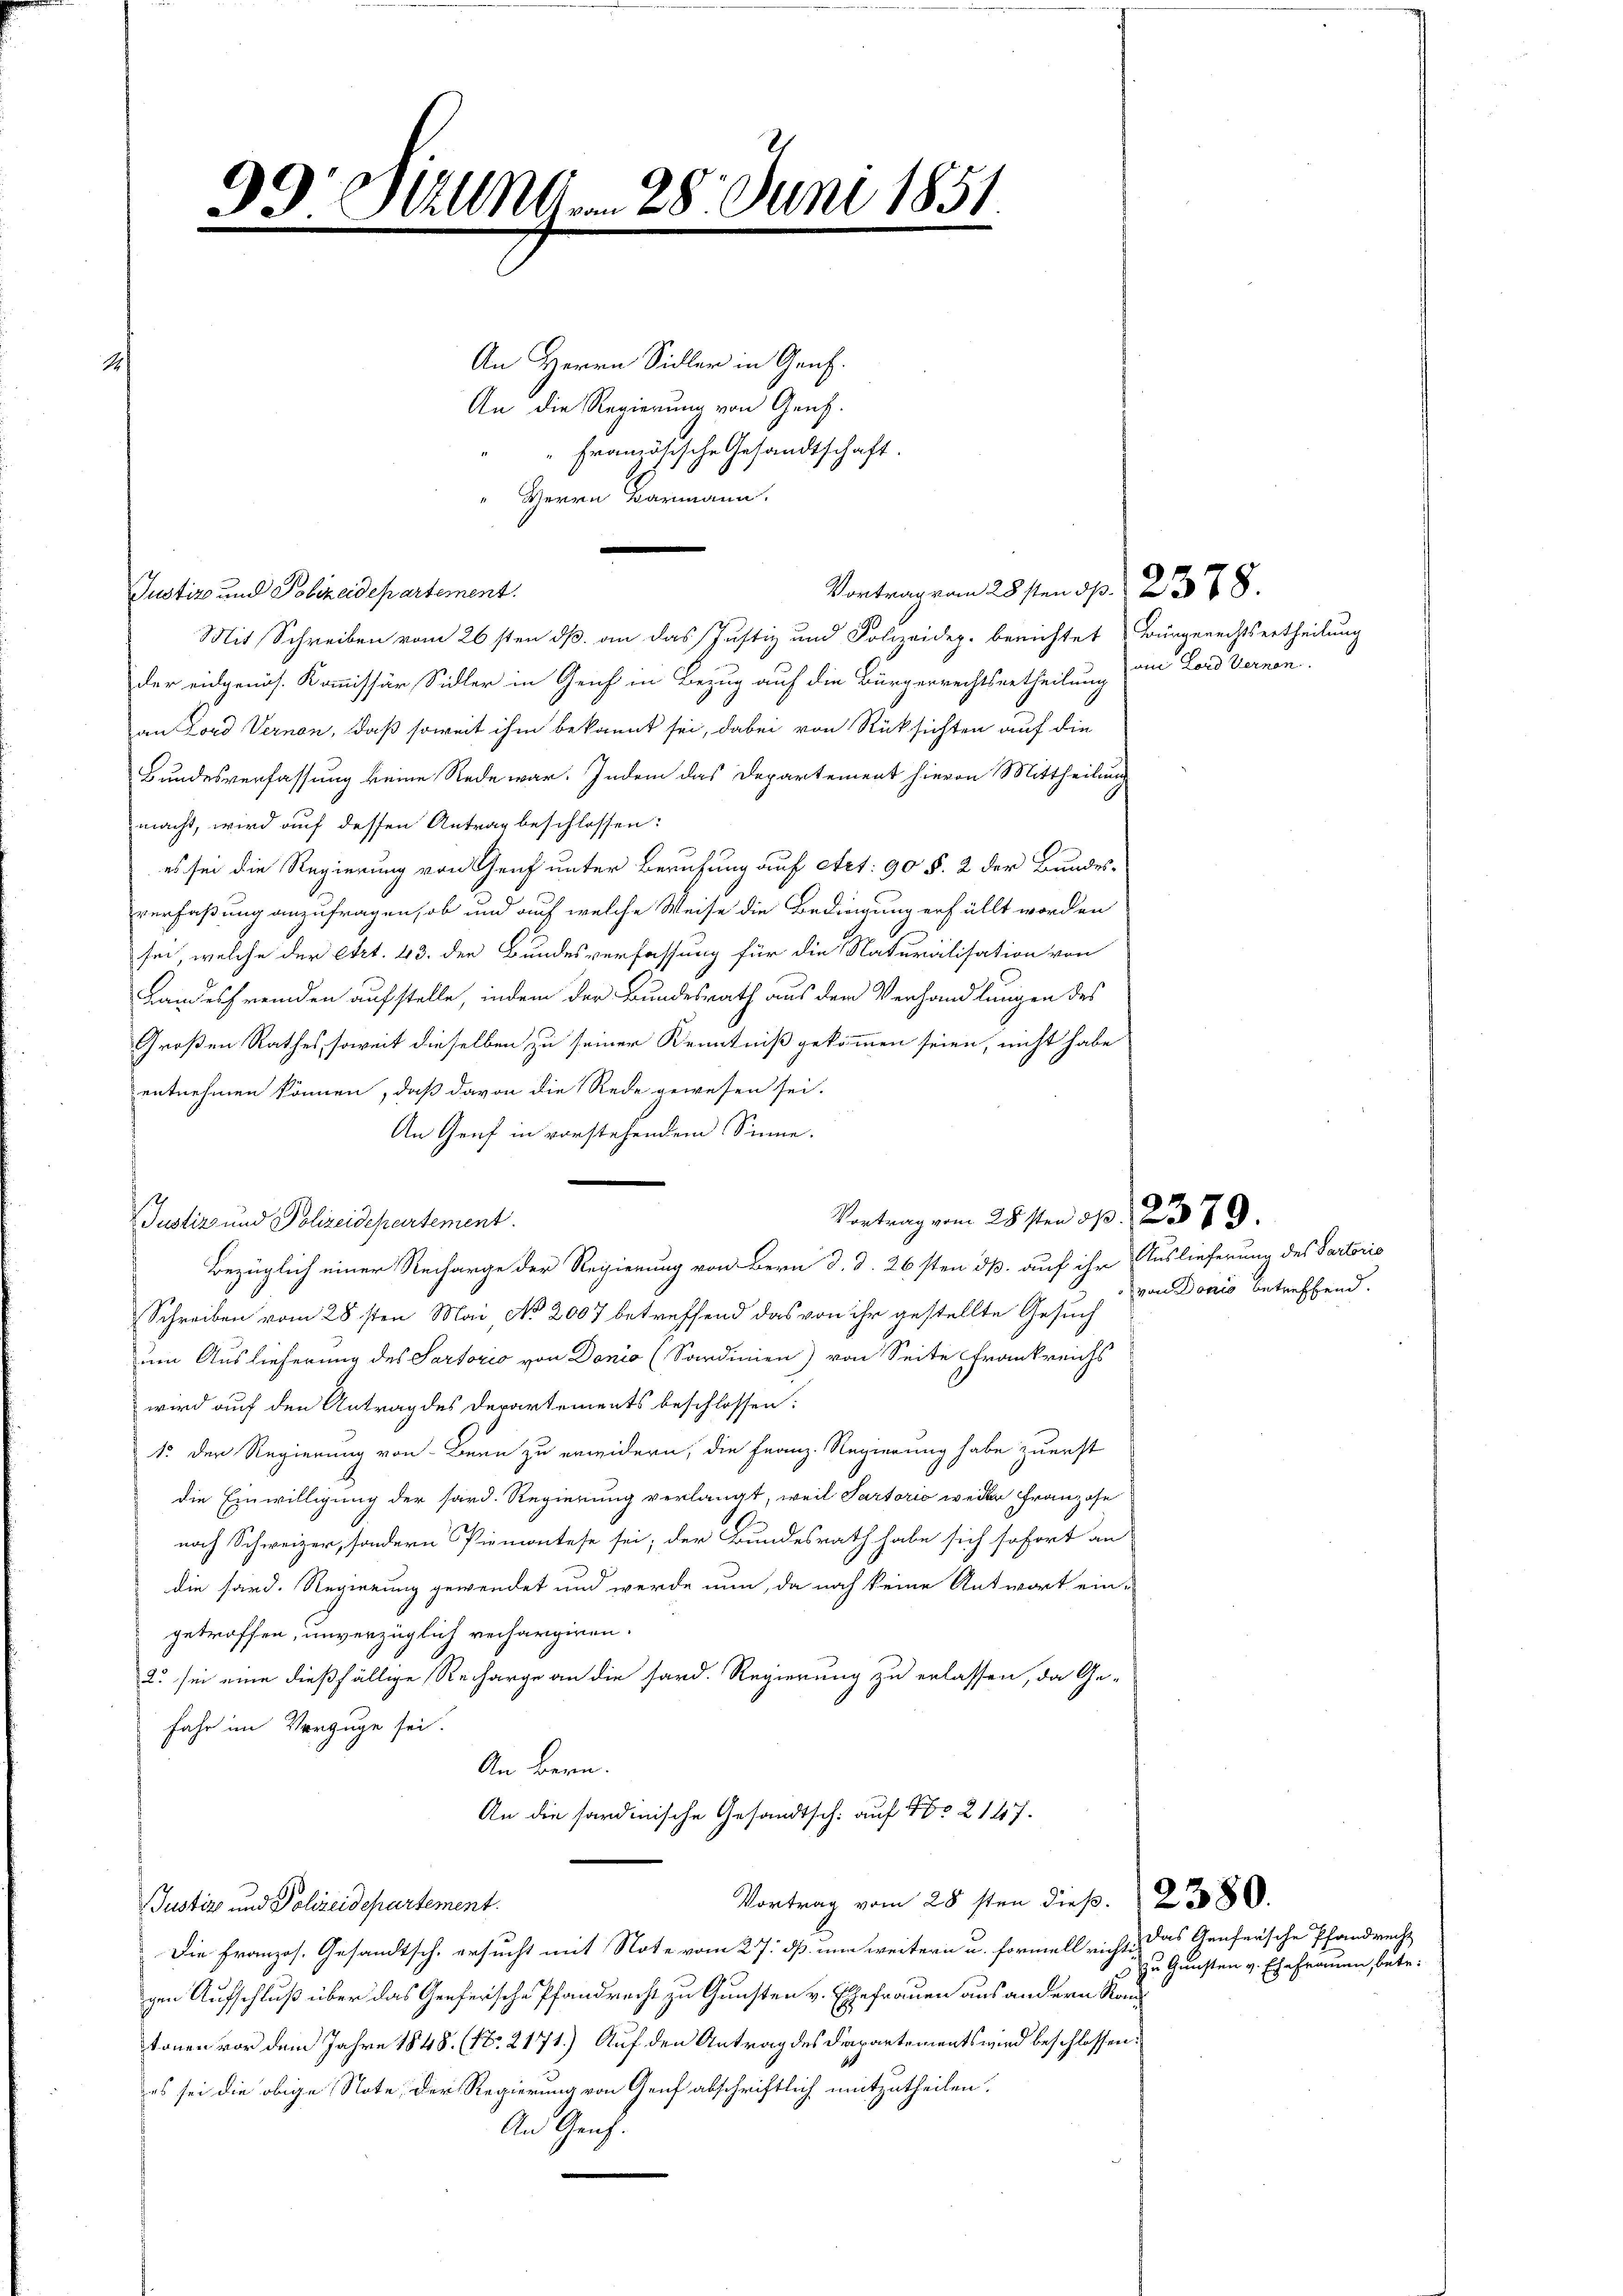
93 Sitzung . . 28. Juni 1851

.
.
An Herrn Sidler in Genf.
An die Regierung von Genf.
Französische Gesandtschaft.
Herrn Barmann.
.

Vortrage am 28sten d. 2378.

Pration und Schranspractement
Mit Schreiben vom 26sten dß an das Justiz und Polizeidep. berichtet Bürgerechtsertheilung
der eidgenös. Kommissär Sidler in Geich in Bezug auf die Bürgerrechtsurtheilung
an Lord Vernen, daß soweit ihm bekannt sei, dabei von Rüksichten auf die
Bundesverfassung keine Rede war. Indem das Departement hievon Mittheilung
macht, wird auf dessen Antrag beschlossen:
es sei die Regierung von Graf unter Berufung auf Art. 90 §. 2 der Bundes-
verfaßung anzufragen, ob und auf welche Weise die Bedingung erfüllt worden
sei, welche der Art. 43. der Bundesverfassung für die Naturalisation von
Landesfremden aufstelle, indem der Bundesrath aus dem Verhandlungen des
Großen Rathes, soweit dieselben zu seiner Kenntniß gekommen seien, nicht habe
entnehmen können, daß davon die Rede gewesen sei.
An Graf in vorstehendem Sinne.
Justiz und Polizeidepartement.
Bezüglich einer Recharge der Regierung von Bern d. d. 26sten dß. auf ihr Auslieferung des Partorio
Schreiben vom 28sten Mai No 2007 betreffend das von ihr gestellte Gesuch
um Auslieferung des Sartorio von Donio (Sardinien) von Seite Frankreichs
wird auf den Antrag des Derartements beschlossen:
1. Der Regierung von Bern zu erwidern, die Franz-Regierung habe zuerst
die Einwilligung der sard. Regierung verlangt, weil Partorio weder Franzose
noch Schweizer, sondern Piemontese sei; der Bundesrath habe sich sofort an
die sard. Regierung gewendet und werde nun, da noch keine Antwort ein-
getroffen, unverzüglich rechargiren.
2. sei eine dießfällige Recharge an die sard. Regierung zu erlassen, da Ge-
Jahr im Vorzüge sei.
An Bern.
An die sardinische Gesandtsch: auf 12 147.
Vortrag vom 28sten dieß. 280.
Justiz und Polizeidepartement.
Die Französ. Gesandtsch. ersucht mit Note vom 27. ds. zu weitern u. formell richtigen Aufschluß über das Genferische Pfandrecht zu Gunsten v. Ehefrauen aus andern Kantonen vor dem Jahre 1848 (No. 2171) Auf den Antrag des Departements wird beschlossen:
es sei die obige Note, der Regierung von Genf abschriftlich mitzutheilen.
An Genf.

Vertrag vom 28 ten pp. 2379.

oi Lord Vernen.

von Donio betreffend.

Das Genfersche Pfandrecht
zu Gunsten v. Ehefrauen, betr.